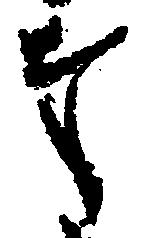
奉